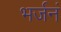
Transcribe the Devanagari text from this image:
भर्जनं